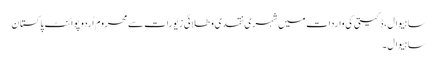
ساہیوال، ڈکیتی کی واردات میں شہری نقدی و طلائی زیورات سے محروم اُردو پوائنٹ پاکستان
ساہیوال۔